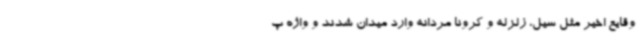
وقایع اخیر مثل سیل، زلزله و کرونا مردانه وارد میدان شدند و واژه پ